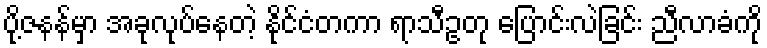
ပို့ဇနန်မှာ အခုလုပ်နေတဲ့ နိုင်ငံတကာ ရာသီဥတု ပြောင်းလဲခြင်း ညီလာခံကို